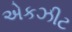
એકઝીટ